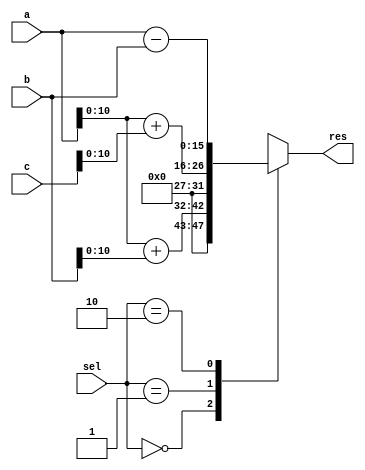
module opt_share_test(
  input [15:0]       a,
  input [15:0]       b,
  input [15:0]       c,
  input [1:0]      sel,
  output reg [15:0] res
  );

  wire [15:0]       add0_res = a+b;
  wire [15:0]       add1_res = a+c;

  always @* begin
    case(sel)
      0: res = add0_res[10:0];
      1: res = add1_res[10:0];
      2: res = a - b;
      default: res = 32'bx;
    endcase
  end

endmodule